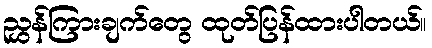
ညွှန်ကြားချက်တွေ ထုတ်ပြန်ထားပါတယ်။